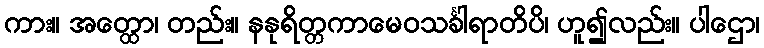
ကား။ အတ္ထော၊ တည်း။ နနုရိတ္တကာမေဝသင်္ခါရာတိပိ၊ ဟူ၍လည်း။ ပါဌော၊